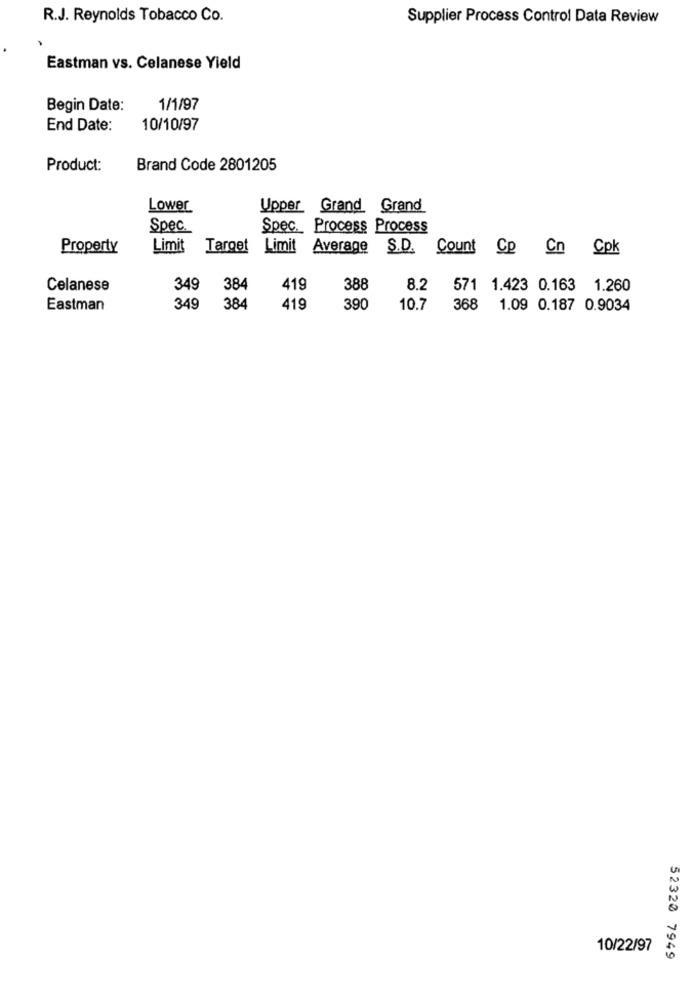
R.J. Reynolds Tobacco Co.
Supplier Process Control Data Review
Eastman vs. Celanese Yield
Begin Date:
1/1/97
End Date:
10/10/97
Product:
Brand Code 2801205
Lower
Upper Grand Grand
Spec.
Spec. Process Process
Property
Limit
Target
Limit Average
S.D. Count Cp Cn Cpk
Celanese
349
384
419
388
8.2
571 1.423 0.163
1.260
Eastman
349
384
419
390
10.7
368
1.09 0.187 0.9034
10/22/97
52320 7949